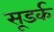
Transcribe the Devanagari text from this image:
सूडर्क